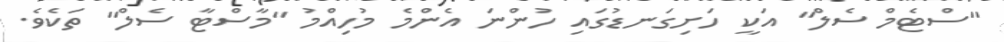
"ސްޓެމް ސެލް" އަކީ ހަށިގަނޑުގައި ހުންނަ އެންމެ މުހިއްމު "މާސްޓާ ސެލް" ތަކެވެ.